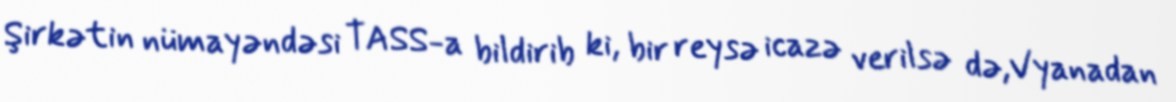
Şirkətin nümayəndəsi TASS-a bildirib ki, bir reysə icazə verilsə də,Vyanadan